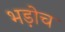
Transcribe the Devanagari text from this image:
भड़ोच